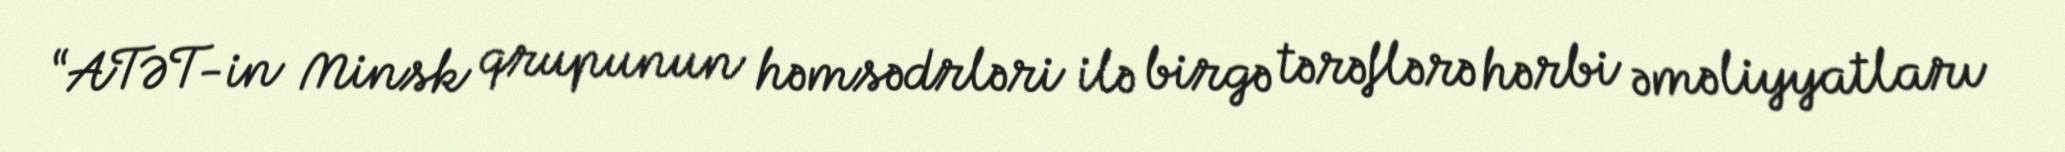
“ATƏT-in Minsk qrupunun həmsədrləri ilə birgə tərəflərə hərbi əməliyyatları